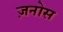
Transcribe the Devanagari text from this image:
ज़नोस